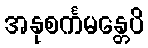
အနုစင်္ကမန္တေပိ